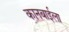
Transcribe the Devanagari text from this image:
कानबाईला